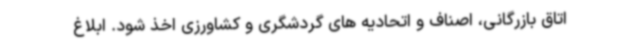
اتاق بازرگانی، اصناف و اتحادیه های گردشگری و کشاورزی اخذ شود. ابلاغ